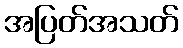
အပြတ်အသတ်